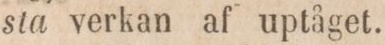
sta verkan af uptåget.